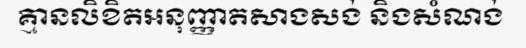
គ្មានលិខិតអនុញ្ញាតសាងសង់ និងសំណង់